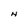
Character: N